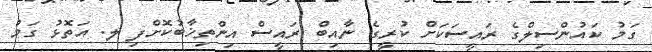
ގަމު ކައުންސިލްގެ ރައީސަކަށް ކުރީގެ ނާއިބް ރައީސް އިންތިޚާބުކޮށްފި ލ. އަތޮޅު ގަމު